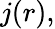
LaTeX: j(r),